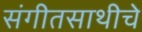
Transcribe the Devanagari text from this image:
संगीतसाथीचे